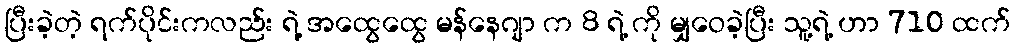
ပြီးခဲ့တဲ့ ရက်ပိုင်းကလည်း ရဲ့ အထွေထွေ မန်နေဂျာ က 8 ရဲ့ ကို မျှဝေခဲ့ပြီး သူ့ရဲ့ ဟာ 710 ထက်